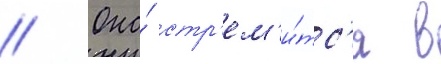
// Она́ стр'ем'и́тс'я в